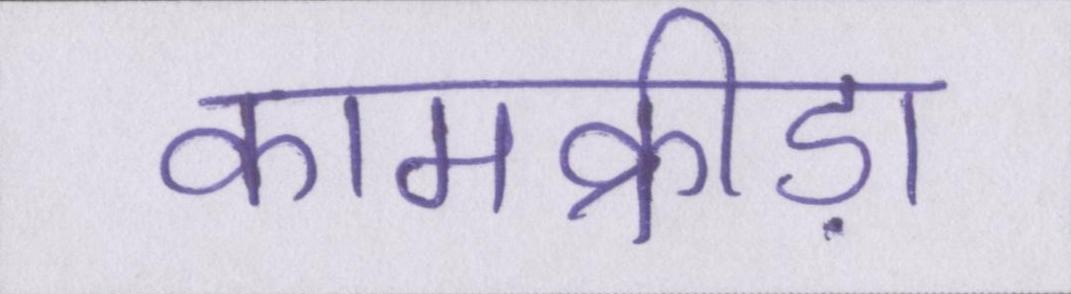
कामक्रीड़ा